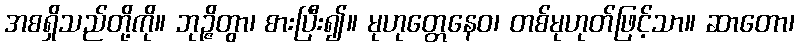
အစရှိသည်တို့ကို။ ဘုဉ္ဇိတွာ၊ စားပြီး၍။ မုဟုတ္တေနေဝ၊ တစ်မုဟုတ်ဖြင့်သာ။ ဆာတော၊